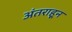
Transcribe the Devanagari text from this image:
अंतराहून